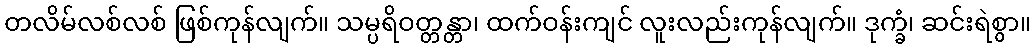
တလိမ်လစ်လစ် ဖြစ်ကုန်လျက်။ သမ္ပရိဝတ္တန္တာ၊ ထက်ဝန်းကျင် လူးလည်းကုန်လျက်။ ဒုက္ခံ၊ ဆင်းရဲစွာ။